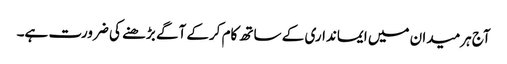
آج ہرمیدان میں ایمانداری کے ساتھ کام کرکے آگے بڑھنے کی ضرورت ہے۔